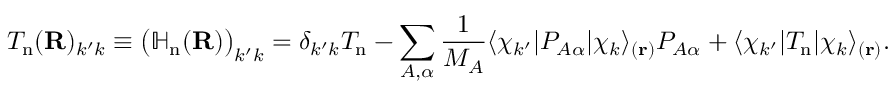
T _ { \mathrm { n } } ( \mathbf { R } ) _ { k ^ { \prime } k } \equiv { \big ( } \mathbb { H } _ { \mathrm { n } } ( \mathbf { R } ) { \big ) } _ { k ^ { \prime } k } = \delta _ { k ^ { \prime } k } T _ { \mathrm { n } } - \sum _ { A , \alpha } { \frac { 1 } { M _ { A } } } \langle \chi _ { k ^ { \prime } } | P _ { A \alpha } | \chi _ { k } \rangle _ { ( \mathbf { r } ) } P _ { A \alpha } + \langle \chi _ { k ^ { \prime } } | T _ { \mathrm { n } } | \chi _ { k } \rangle _ { ( \mathbf { r } ) } .